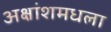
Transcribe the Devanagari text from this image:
अक्षांशमधला